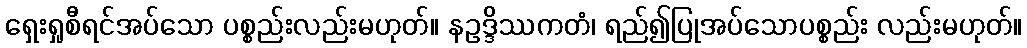
ရှေးရှုစီရင်အပ်သော ပစ္စည်းလည်းမဟုတ်။ နဥဒ္ဒိဿကတံ၊ ရည်၍ပြုအပ်သောပစ္စည်း လည်းမဟုတ်။